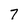
Character: 7